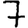
Digit: 7